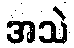
အသဲ